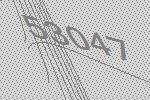
53047